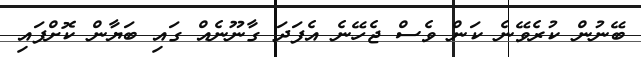
ބޭނުން ކުރެވޭނެ ކަން ވެސް ޖެހޭނެ އެފަދަ ގާނޫނެއް ގައި ބަޔާން ކޮޮށްފައި